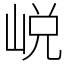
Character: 㟋